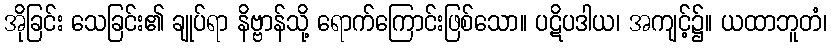
အိုခြင်း သေခြင်း၏ ချုပ်ရာ နိဗ္ဗာန်သို့ ရောက်ကြောင်းဖြစ်သော။ ပဋိပဒါယ၊ အကျင့်၌။ ယထာဘူတံ၊